Civil Veterinary Dept. Assam report 1927-50 - 1927-1950
Year: 1927
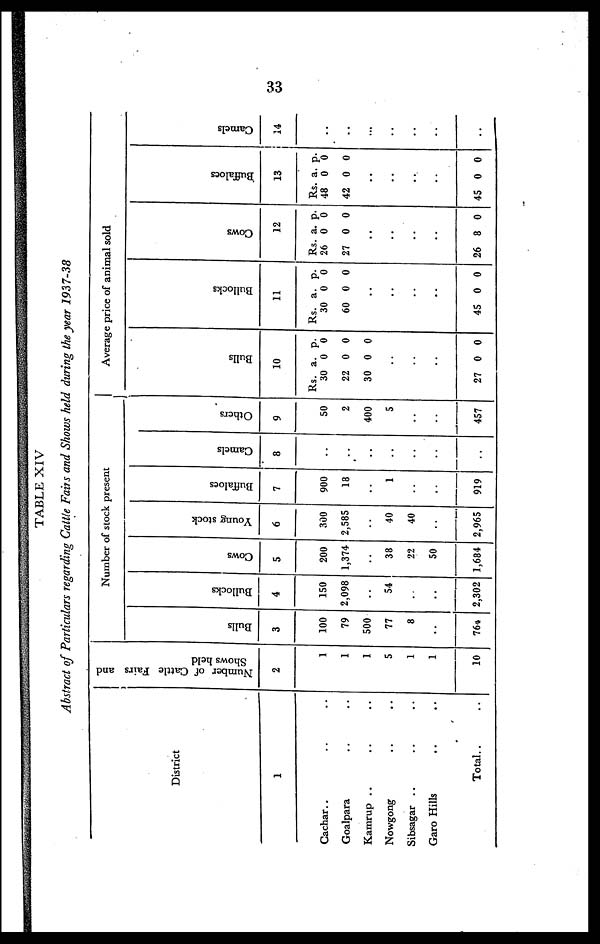
33
TABLE XIV
Abstract of Particulars regarding Cattle Fairs and Shows held during the year 1937-38
District
1
Cachar .. .. ..
Goalpara .. ..
Kamrup .. .. ..
Nowgong .. .. ..
Sibsagar .. .. ..
Garo Hills .. ..
Total .. ..
Number of Cattle Fairs and
Shows held
2
1
1
1
5
1
1
10
Number of stock present
Bulls
3
100
79
500
77
8
..
764
Bullocks
4
150
2,098
..
54
..
..
2,302
Cows
5
200
1,374
..
38
22
50
1,684
Young stock
6
300
2,585
..
40
40
..
2,965
Buffaloes
7
900
18
..
1
..
..
919
Camels
8
..
..
..
..
..
..
..
Others
9
50
2
400
5
..
..
457
Average price of animal sold
Bulls
10
Rs.
30
22
30
..
..
..
27
a.
0
0
0
0
p.
0
0
0
0
Bullocks
11
Rs.
30
60
..
..
..
..
45
a.
0
0
0
p.
0
0
0
Cows
12
Rs.
26
27
26
a.
0
0
..
..
..
..
8
p.
0
0
0
Buffaloes
13
Rs.
48
42
..
..
..
..
45
a.
0
0
0
p.
0
0
0
Camels
14
..
..
..
..
..
..
..